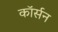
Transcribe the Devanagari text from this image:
कॉर्सन